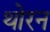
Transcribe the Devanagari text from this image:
थोरन